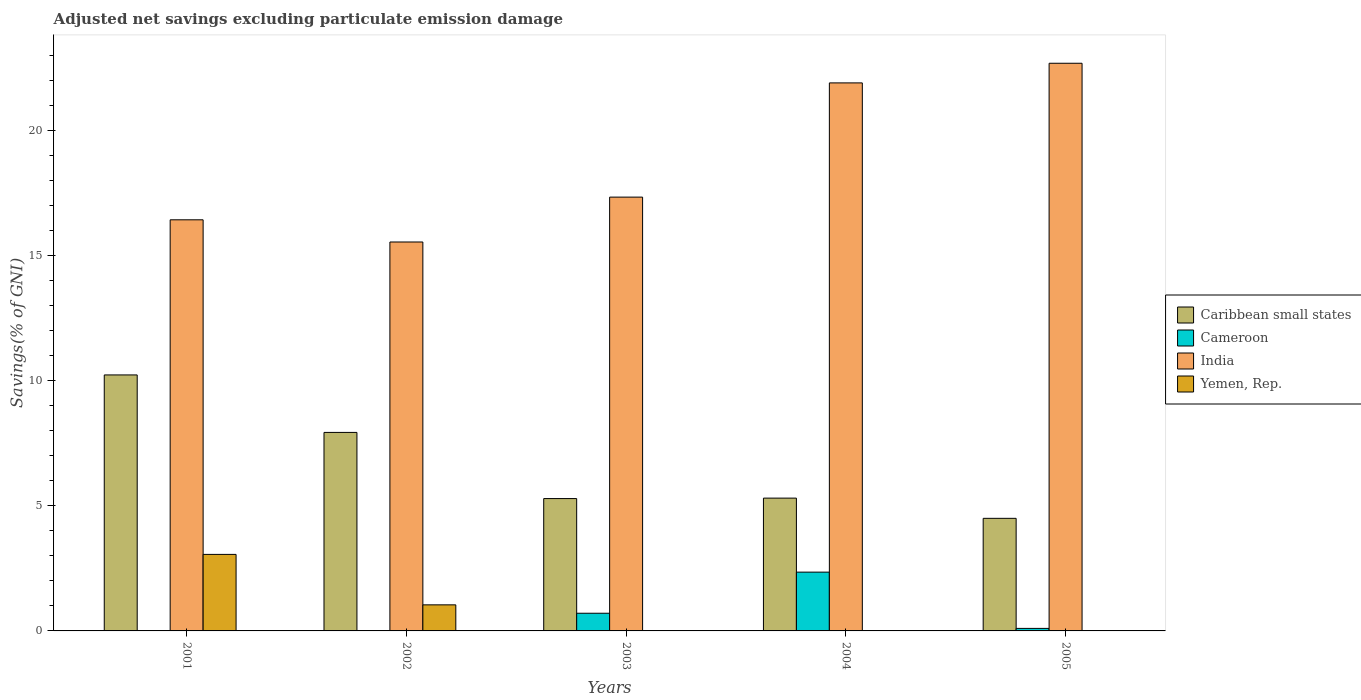
| Years | Caribbean small states | Cameroon | India | Yemen, Rep. |
 | --- | --- | --- | --- | --- |
 | 2001 | 10.2 | -2.7 | 16.4 | 3.06 |
 | 2002 | 7.93 | -1.68 | 15.5 | 1.04 |
 | 2003 | 5.29 | 0.707 | 17.3 | -0.981 |
 | 2004 | 5.31 | 2.35 | 21.9 | -4.12 |
 | 2005 | 4.5 | 0.101 | 22.7 | -6.96 |